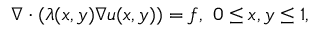
\begin{array} { r } { \nabla \cdot ( \lambda ( x , y ) \nabla u ( x , y ) ) = f , ~ 0 \le x , y \le 1 , } \end{array}